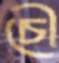
চৌ